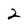
Character: 2